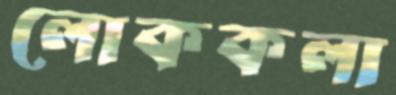
লোককলা